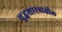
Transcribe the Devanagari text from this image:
युद्धशास्त्रातील